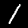
Digit: 1